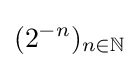
(2^{-n})_{n\in \mathbb {N} }